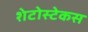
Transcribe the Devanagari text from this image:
शेटोस्टेकस